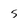
Character: 5